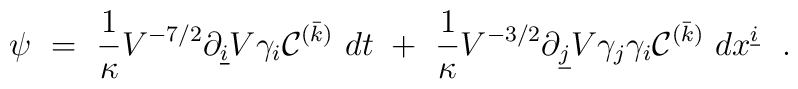
\psi ~=~ {1\over{\kappa}} V^{-7/2} \partial_{\underline{i}} V\gamma_i{\cal C}^{(\bar k)}~dt~+~{1\over{\kappa}} V^{-3/2} \partial_{\underline{j}} V \gamma_j\gamma_i{\cal C}^{(\bar k)}~dx^{\underline{i}}\ \ . \nonumber \\ \relax